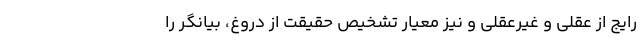
رایج از عقلی و غیرعقلی و نیز معیار تشخیص حقیقت از دروغ، بیانگر را